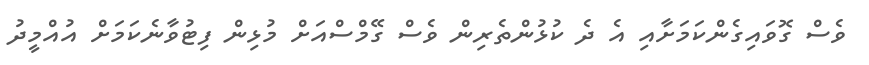
ވެސް ގޮވައިގެންކަމަށާއި އެ ދެ ކުޅުންތެރިން ވެސް ގޭމްސްއަށް މުޅިން ފިޓުވާނެކަމަށް އުއްމީދު